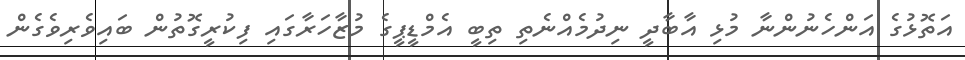
އަތޮޅުގެ އަންހެނުންނާ މުޅި އާބާދީ ނިދުމެއްނެތި ތިބީ އެމްޑީޕީގެ މުޒާހަރާގައި ފިކުރީގޮތުން ބައިވެރިވެގެން